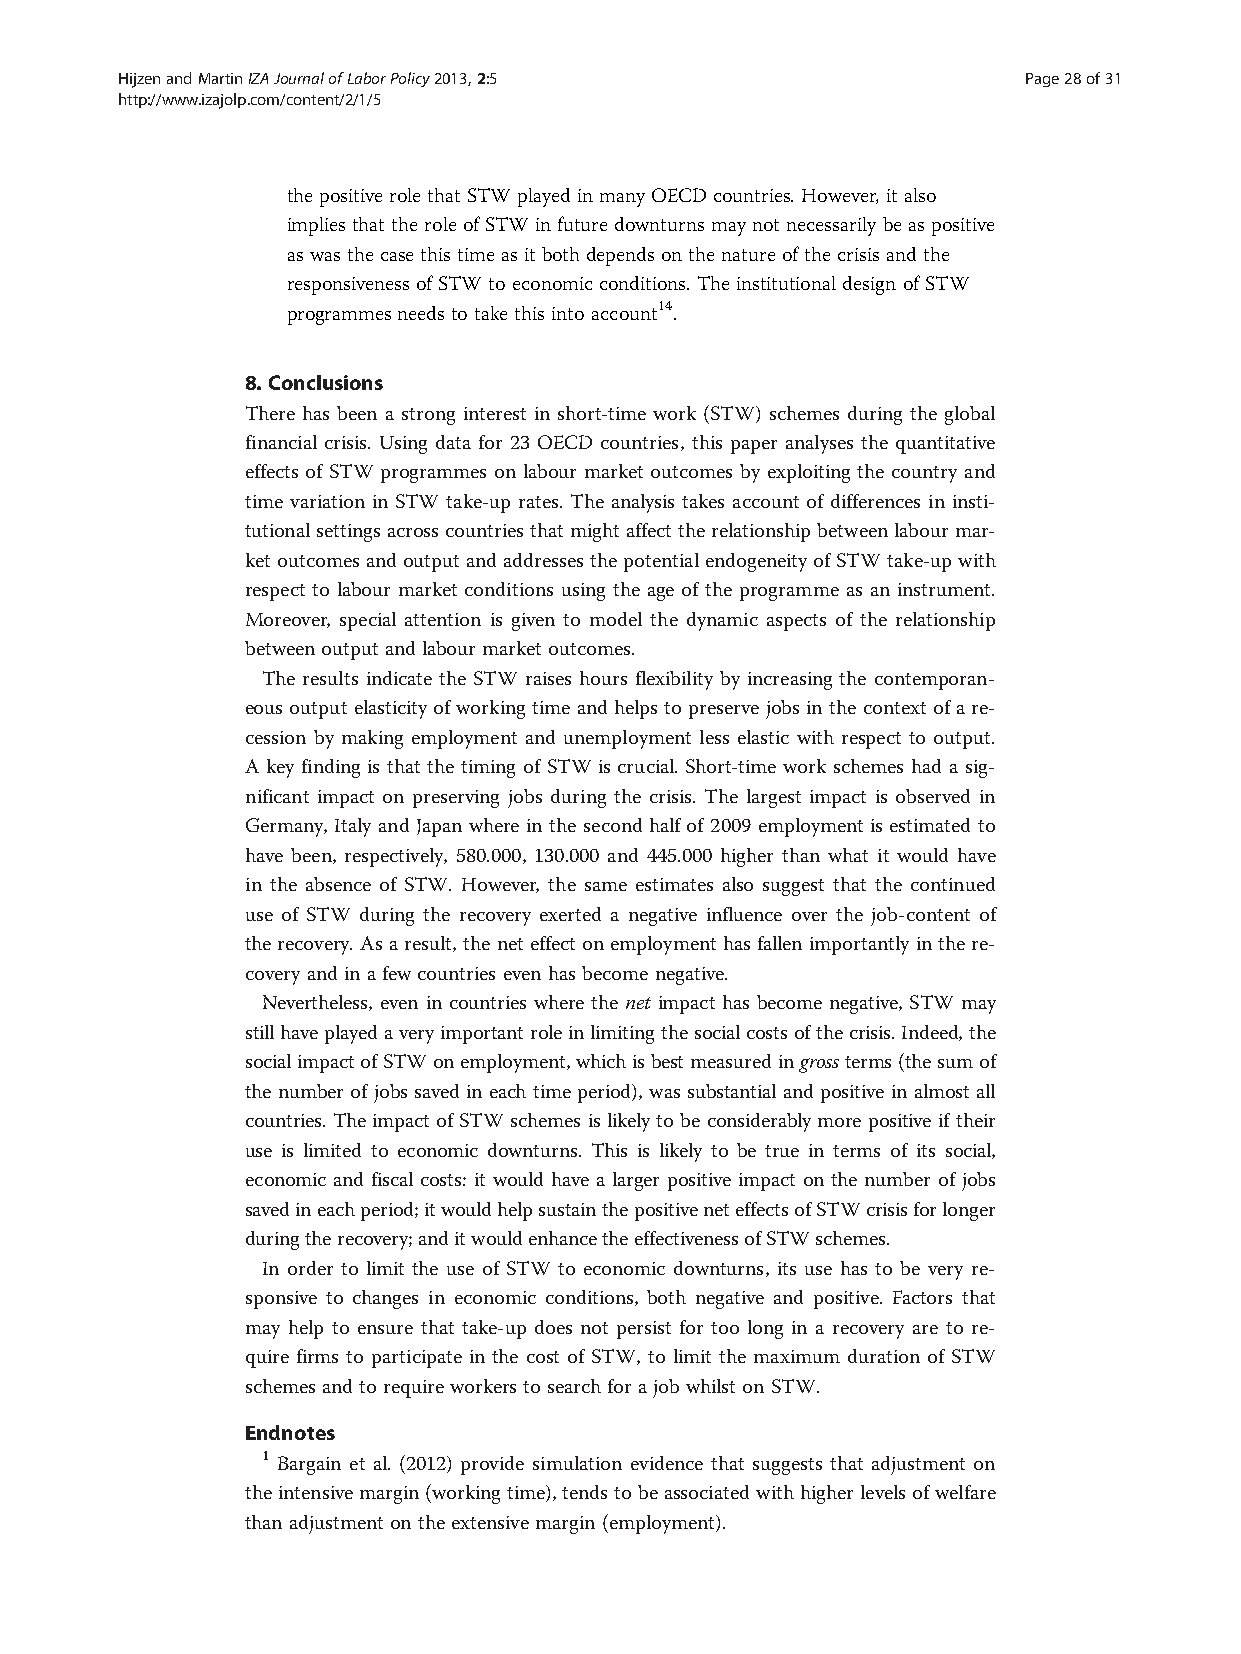
HijzenandMartinIZAJournalofLaborPolicy2013,2:5              Page28of31
 http://www.izajolp.com/content/2/1/5
 thepositive rolethatSTWplayedinmany OECDcountries.However,italso
 implies thattherole ofSTWinfuturedownturnsmaynotnecessarilybeaspositive
 aswasthe casethistimeasitbothdependsonthenatureofthe crisisand the
 responsivenessofSTWtoeconomicconditions. TheinstitutionaldesignofSTW
 programmesneedstotakethisintoaccount14.
 8. Conclusions
 There has been a strong interest in short-time work (STW) schemes during the global
 financial crisis. Using data for 23 OECD countries, this paper analyses the quantitative
 effects of STW programmes on labour market outcomes by exploiting the country and
 time variation in STW take-up rates. The analysis takes account of differences in insti-
 tutionalsettingsacrosscountriesthatmightaffecttherelationshipbetweenlabourmar-
 ketoutcomes and output andaddressesthe potentialendogeneity ofSTW take-upwith
 respect to labour market conditions using the age of the programme as an instrument.
 Moreover, special attention is given to model the dynamic aspects of the relationship
 betweenoutputandlabourmarketoutcomes.
 The results indicate the STW raises hours flexibility by increasing the contemporan-
 eous output elasticity of workingtimeand helps to preserve jobs in the context of are-
 cession by making employment and unemployment less elastic with respect to output.
 A key finding is that the timing of STW is crucial. Short-time work schemes had a sig-
 nificant impact on preserving jobs during the crisis. The largest impact is observed in
 Germany, Italy and Japan where in the second half of 2009 employment is estimated to
 have been, respectively, 580.000, 130.000 and 445.000 higher than what it would have
 in the absence of STW. However, the same estimates also suggest that the continued
 use of STW during the recovery exerted a negative influence over the job-content of
 therecovery.Asaresult,the neteffect onemploymenthasfallenimportantly inthere-
 coveryandinafew countries even hasbecome negative.
 Nevertheless, even in countries where the net impact has become negative, STW may
 stillhaveplayedaveryimportantroleinlimitingthesocialcostsofthecrisis.Indeed,the
 socialimpactofSTWonemployment,whichisbestmeasuredingrossterms(thesumof
 the number of jobs saved in each time period), was substantial and positive in almost all
 countries. The impact of STW schemes is likely to be considerably more positive if their
 use is limited to economic downturns. This is likely to be true in terms of its social,
 economic and fiscal costs: it would have a larger positive impact on the number of jobs
 savedineachperiod;itwouldhelpsustainthepositiveneteffectsofSTWcrisisforlonger
 duringtherecovery;anditwouldenhancetheeffectivenessofSTWschemes.
 In order to limit the use of STW to economic downturns, its use has to be very re-
 sponsive to changes in economic conditions, both negative and positive. Factors that
 may help to ensure that take-up does not persist for too long in a recovery are to re-
 quire firms to participate in the cost of STW, to limit the maximum duration of STW
 schemesandtorequire workerstosearchfor ajob whilstonSTW.
 Endnotes
 1 Bargain et al. (2012) provide simulation evidence that suggests that adjustment on
 theintensivemargin(workingtime),tendstobeassociatedwithhigherlevelsofwelfare
 than adjustment ontheextensivemargin(employment).